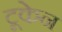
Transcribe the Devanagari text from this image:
टूकेन